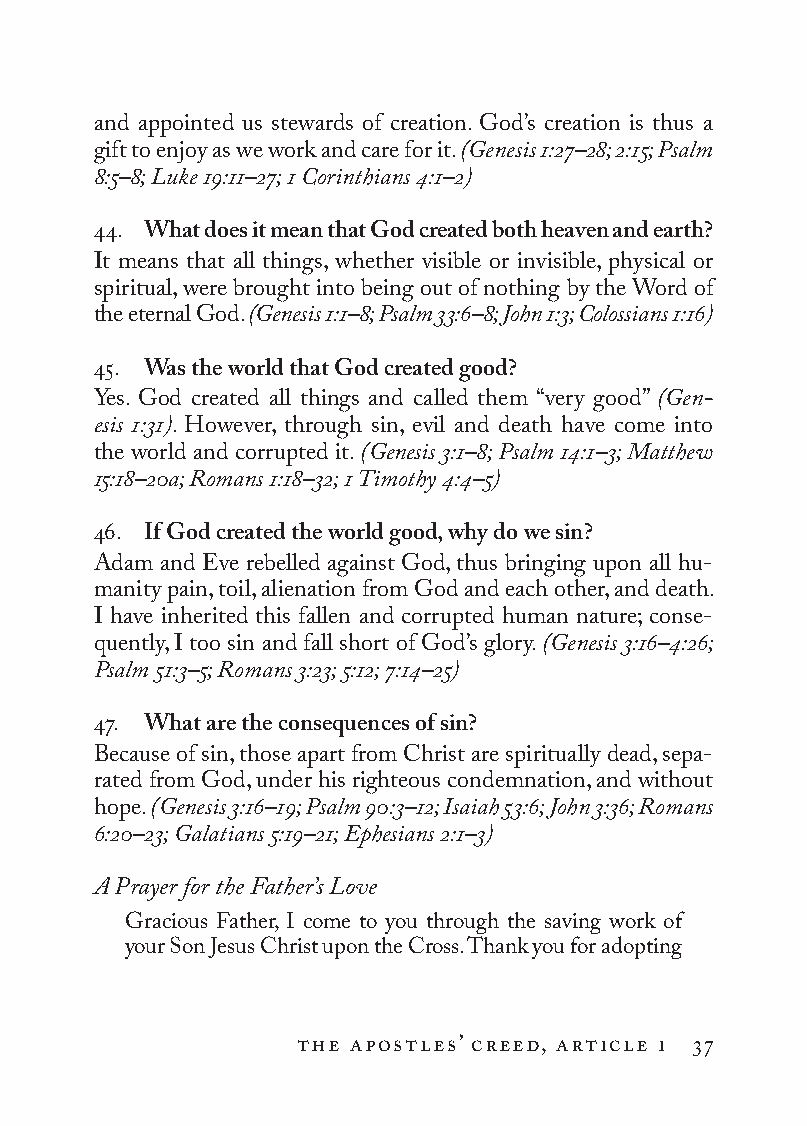
and appointed us stewards of creation. God’s creation is thus a
 gift to enjoy as we work and care for it. (Genesis 1:27–28; 2:15; Psalm
 8:5–8; Luke 19:11–27; 1 Co rin thi ans 4:1–2)
 44. What does it mean that God created both heaven and earth?
 It means that all things, whether visible or invisible, physical or
 spiritual, were brought into being out of nothing by the Word of
 the eternal God. (Genesis 1:1–8; Psalm 33:6–8; John 1:3; Colossians 1:16)
 45. Was the world that God created good?
 Yes. God created all things and called them “very good” (Gen­
 esis 1:31). However, through sin, evil and death have come into
 the world and corrupted it. (Genesis 3:1–8; Psalm 14:1–3; Matthew
 15:18–20a; Romans 1:18–32; 1 Timothy 4:4–5)
 46. If God created the world good, why do we sin?
 Adam and Eve rebelled against God, thus bringing upon all hu-
 manity pain, toil, alienation from God and each other, and death.
 I have inherited this fallen and corrupted human nature; conse-
 quently, I too sin and fall short of God’s glory. (Genesis 3:16–4:26;
 Psalm 51:3–5; Romans 3:23; 5:12; 7:14–25)
 47. What are the consequences of sin?
 Because of sin, those apart from Christ are spiritually dead, sepa-
 rated from God, under his righteous condemnation, and without
 hope. (Genesis 3:16–19; Psalm 90:3–12; Isaiah 53:6; John 3:36; Romans
 6:20–23; Galatians 5:19–21; Ephesians 2:1–3)
 A Prayer for the Father’s Love
 Gracious Father, I come to you through the saving work of
 your Son Jesus Christ upon the Cross. Thank you for adopting
 the apostles’ creed, article i 37
 To be a Christian.566776.int.indd 37        11/13/19 1:31 PM